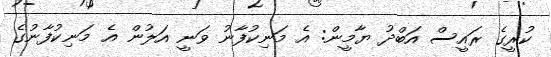
ކުރީގެ ރައީސް އަބްދު ޔާމީން: އެ މަނިކުފާނު ވަނީ އަލުން އެ މަނިކުފާނުގެ